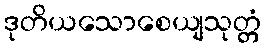
ဒုတိယသောစေယျသုတ္တံ